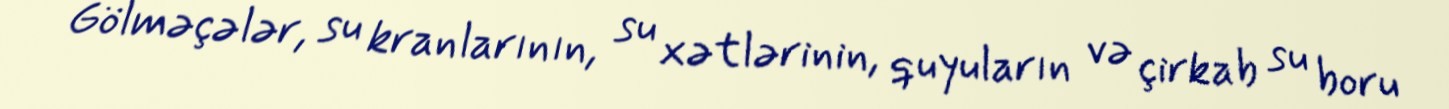
Gölməçələr, su kranlarının, su xətlərinin, quyuların və çirkab su boru